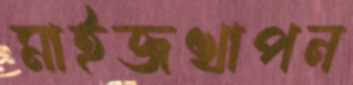
মাইজখাপন